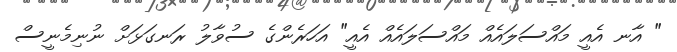
" އާނ އެއީ މައްސަލައެއް މައްސަލައެއް އެއީ" އަހަރެންގެ ސުވާލު ރަނގަޅަށް ނުނިމެނީސް